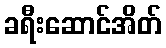
ခရီးဆောင်အိတ်